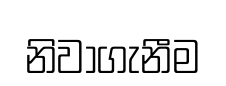
නිවාගැනීම